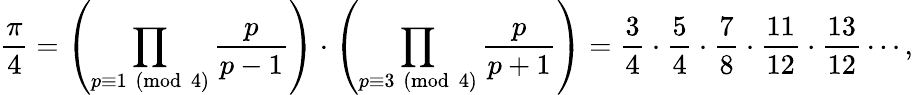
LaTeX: {\frac{\pi}{4}}=\left(\prod_{p\equiv 1{\pmod{4}}}{\frac{p}{p-1}}\right)\cdot\left(\prod_{p\equiv 3{\pmod{4}}}{\frac{p}{p+1}}\right)={\frac{3}{4}}\cdot{\frac{5}{4}}\cdot{\frac{7}{8}}\cdot{\frac{11}{12}}\cdot{\frac{13}{12}}\cdots,